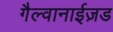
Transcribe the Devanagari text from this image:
गैल्वानाईज़ड